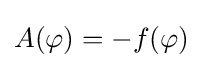
A(\varphi )=-f(\varphi )